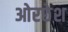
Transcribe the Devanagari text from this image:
ओरछेश